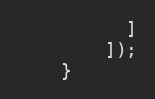
Language: PHP
          ]
        ]);
    }